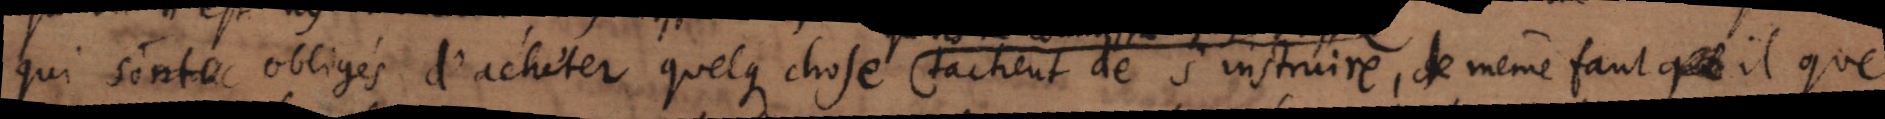
qui sont obligés d’acheter quelque chose tachent de s’instruire, de même faut qu’ il que